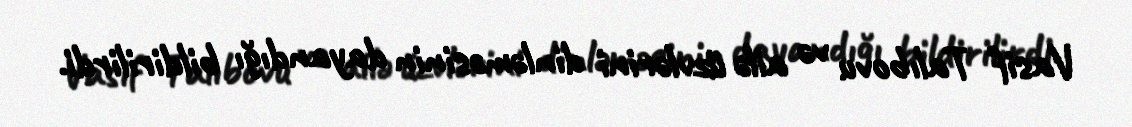
Vasif Talıbovu və ailə üzvlərini dinləməsinin dayandığı bildirilirdi.